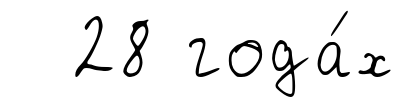
28 года́х